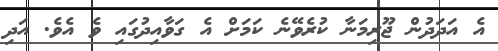
އެ އަދަދުން ޖޫރިމަނާ ކުރެވޭނެ ކަމަށް އެ ގަވާއިދުގައި ވެ އެވެ. އަދި